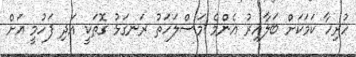
ހުރިހާ ކަމަކަށް ބަލާއިރު އެންމެ މަސްލަހަތު ރަނގަޅު ގޮތަކީ އަދި ފަހުމީ އަށް